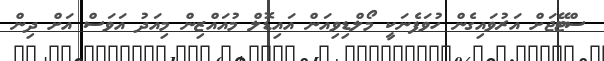
ސްޓޭޖަށް އަރުވައިގެން ހުވަފެނަކީ މޯލްޑިވިއަން އައިޑޮލް މުއައްޒިން މިއަދު އަވަސް އަށް ދިން